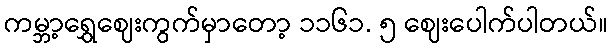
ကမ္ဘာ့ရွှေဈေးကွက်မှာတော့ ၁၁၆၁. ၅ ဈေးပေါက်ပါတယ်။